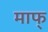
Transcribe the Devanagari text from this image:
माफ्